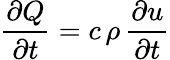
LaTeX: {\frac{\partial Q}{\partial t}}=c\, \rho\, {\frac{\partial u}{\partial t}}